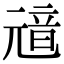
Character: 𩐘